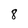
Character: 8